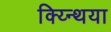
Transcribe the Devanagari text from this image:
क्य्न्थिया